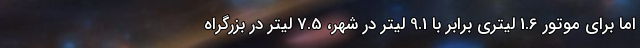
اما برای موتور 1.6 لیتری برابر با 9.1 لیتر در شهر، 7.5 لیتر در بزرگراه